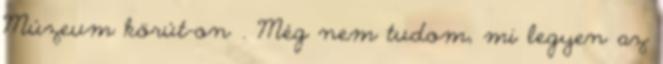
Múzeum körút-on . Még nem tudom, mi legyen az